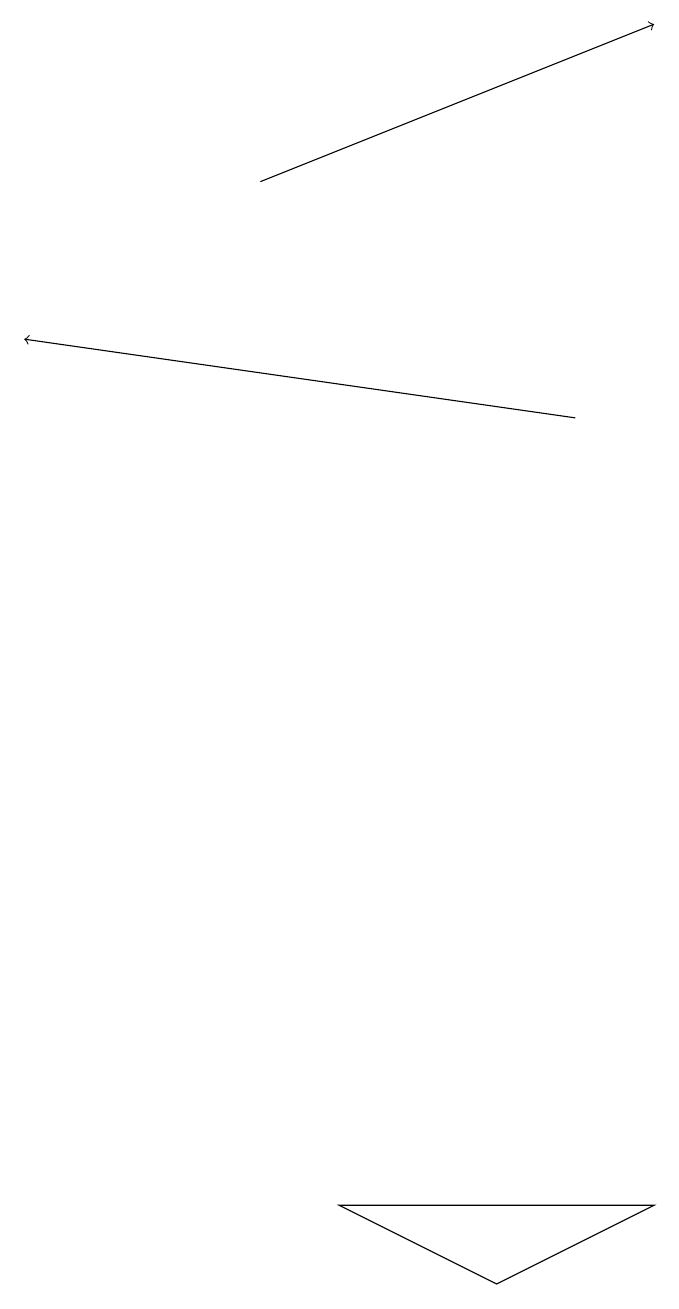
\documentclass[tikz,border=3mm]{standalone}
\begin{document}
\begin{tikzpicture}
\draw (8,1) -- (4,1) -- (6,0) -- cycle;
\draw[->] (3,14) -- (8,16);
\draw[->] (7,11) -- (0,12);
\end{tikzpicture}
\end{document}